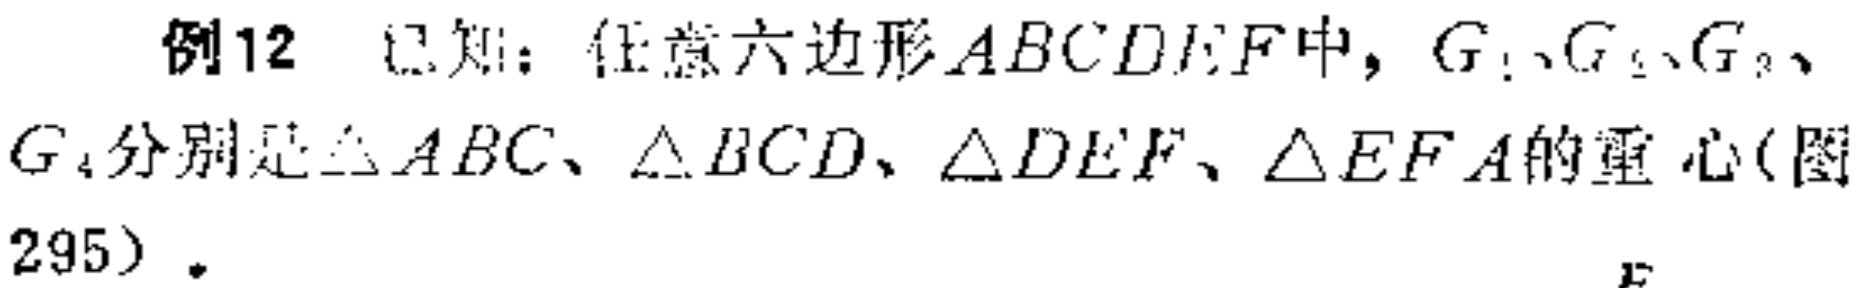
例12 已知：任意六边形\(ABCDEF\)中，\(G_1\)、\(G_2\)、\(G_3\)、\(G_4\)分别是\(\triangle ABC\)、\(\triangle BCD\)、\(\triangle DEF\)、\(\triangle EFA\)的重心(图295)。